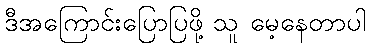
ဒီအကြောင်းပြောပြဖို့ သူ မေ့နေတာပါ